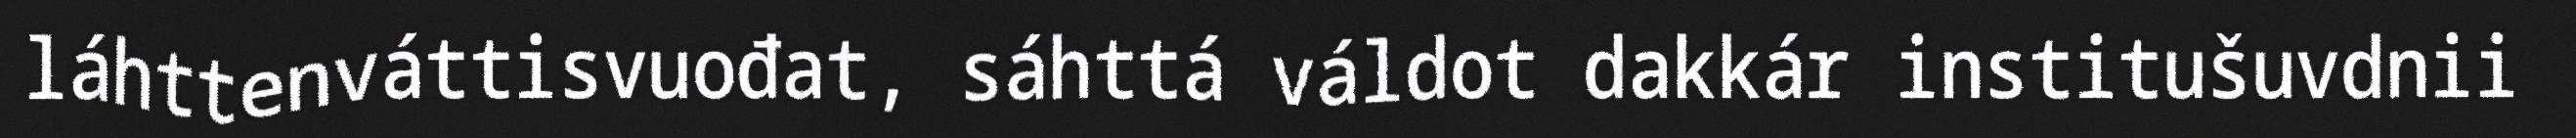
láhttenváttisvuođat, sáhttá váldot dakkár institušuvdnii